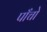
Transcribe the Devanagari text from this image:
पाॅंचो